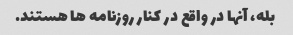
بله، آنها در واقع در کنار روزنامه ها هستند.